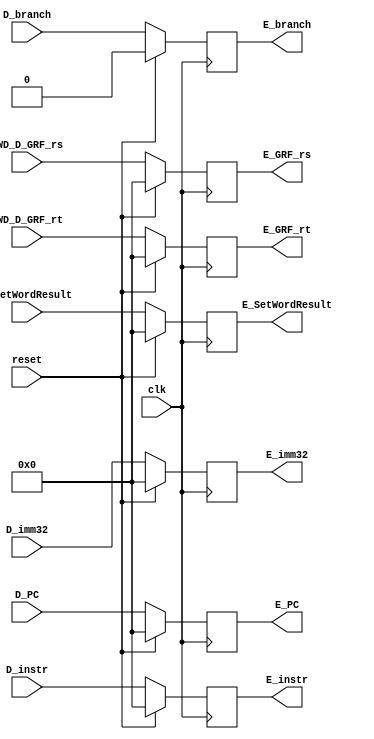
module E_REG(
    input clk,
    input reset,
    input [31:0] D_PC,
    input [31:0] D_instr,
    input [31:0] FWD_D_GRF_rs, 
    input [31:0] FWD_D_GRF_rt,
    input [31:0] D_imm32,
    input [31:0] D_SetWordResult,
    input D_branch,
    output reg [31:0] E_PC,
    output reg [31:0] E_instr, 
    output reg [31:0] E_GRF_rs,  
    output reg [31:0] E_GRF_rt, 
    output reg [31:0] E_SetWordResult,
    output reg [31:0] E_imm32,
    output reg E_branch);

    always @(posedge clk) begin
        if (reset) begin
            E_PC <= 32'h0;
            E_instr <= 32'h0;
            E_GRF_rs <= 32'h0;
            E_GRF_rt <= 32'h0;
            E_SetWordResult <= 32'h0;
            E_imm32 <= 32'h0;
            E_branch <= 1'b0;
        end
        else begin
            E_PC <= D_PC;
            E_instr <= D_instr;
            E_GRF_rs <= FWD_D_GRF_rs;
            E_GRF_rt <= FWD_D_GRF_rt;
            E_SetWordResult <= D_SetWordResult;
            E_imm32 <= D_imm32;
            E_branch <= D_branch;
        end
    end

endmodule